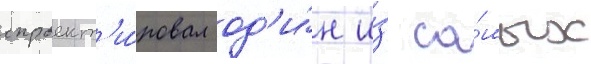
спроект'и́ровал од'и́н и́з са́мых